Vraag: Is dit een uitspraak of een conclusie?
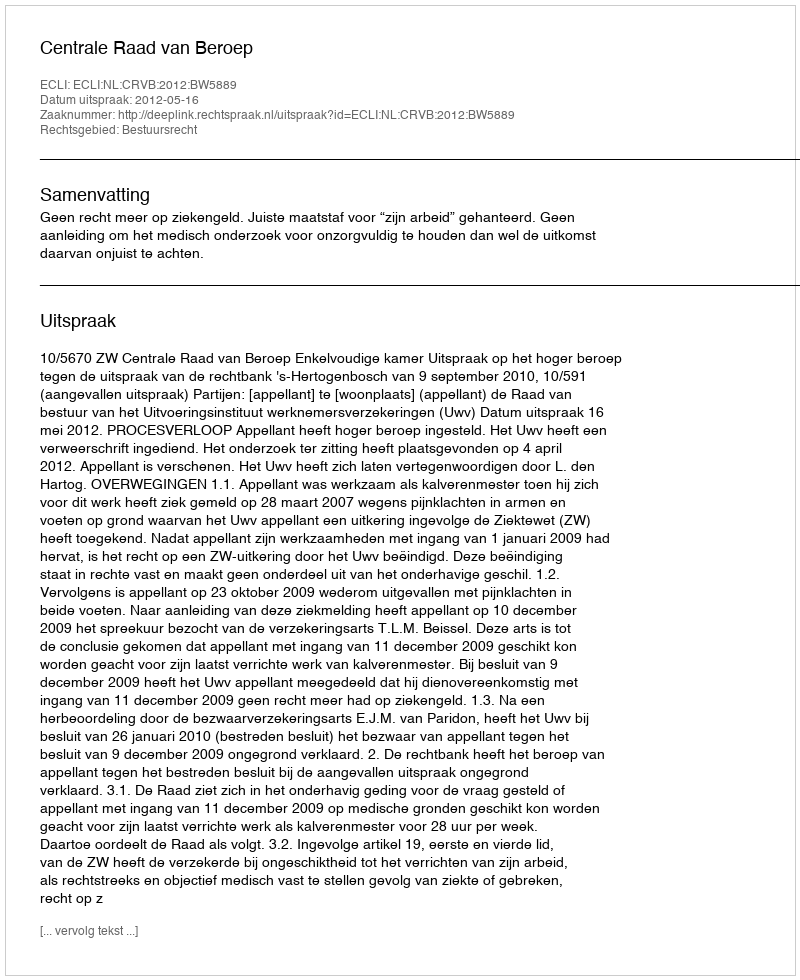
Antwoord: Uitspraak